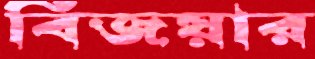
বিজয়ার